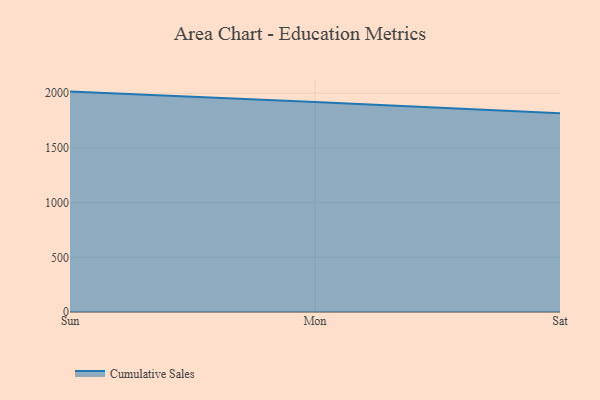
{"axis": {"x": "Day", "y": "Backlog"}, "legend": ["Cumulative Sales"], "data": [{"x": "Sun", "y": 2014.7, "type": "Cumulative Sales"}, {"x": "Mon", "y": 1919.6, "type": "Cumulative Sales"}, {"x": "Sat", "y": 1816.4, "type": "Cumulative Sales"}]}